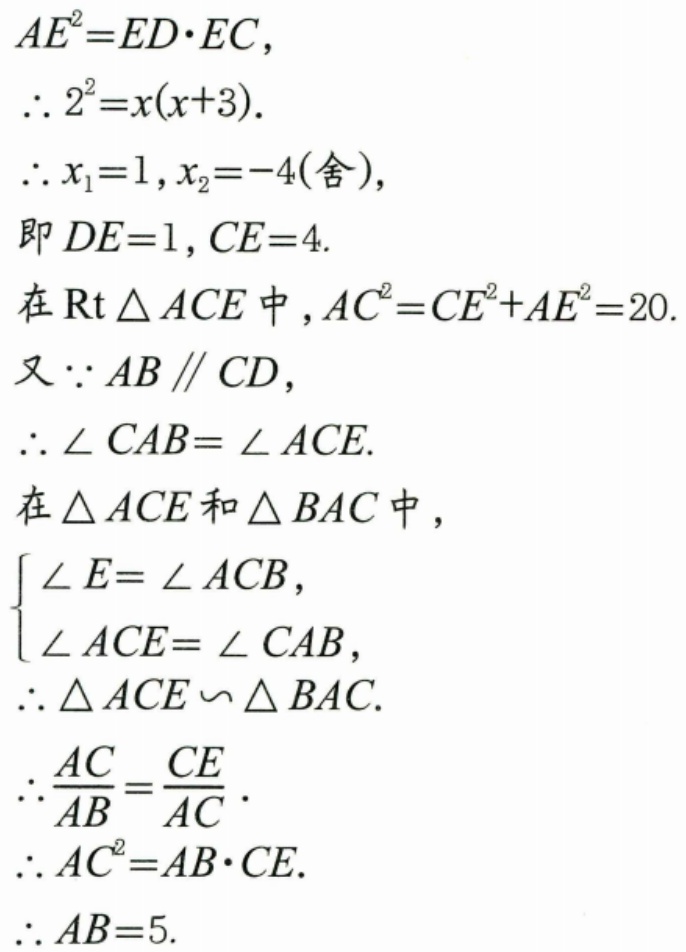
\[
\begin{align*}
AE^{2}&=ED\cdot EC,\\
\therefore 2^{2}&=x(x + 3).\\
\therefore x_{1}&=1,x_{2}=-4(\text{舍}),\\
\text{即 }DE&=1,CE = 4.\\
\text{在}\text{Rt}\triangle ACE\text{中},AC^{2}&=CE^{2}+AE^{2}=20.\\
\text{又}\because AB\parallel CD,\\
\therefore\angle CAB&=\angle ACE.\\
\text{在}\triangle ACE\text{和}\triangle BAC\text{中},\\
\begin{cases}
\angle E=\angle ACB,\\
\angle ACE=\angle CAB,
\end{cases}\\
\therefore\triangle ACE&\backsim\triangle BAC.\\
\therefore\frac{AC}{AB}&=\frac{CE}{AC}.\\
\therefore AC^{2}&=AB\cdot CE.\\
\therefore AB&=5.
\end{align*}
\]